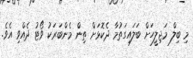
މި ބިލް މަޖިލީހަށް ބަލައިގަތުމާ ދެކޮޅަށް ތިން މެންބަރަކު ވޯޓު ދެއްވި އެވެ.